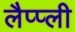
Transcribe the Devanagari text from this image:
लैप्प्ली